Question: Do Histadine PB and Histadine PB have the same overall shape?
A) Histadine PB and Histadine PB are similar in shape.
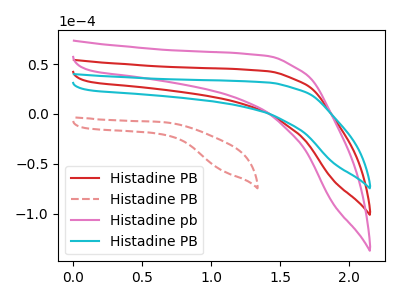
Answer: <think>The red curve "Histadine PB" has no peaks. The red dashed curve "Histadine PB" has no peaks. The pink curve "Histadine pb" has no peaks. The cyan curve "Histadine PB" has no peaks.
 Neither "Histadine PB" or "Histadine PB" have any peaks.</think>
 <answer>A) "Histadine PB" and "Histadine PB" are similar in shape.</answer>
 <eval>A</eval>